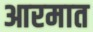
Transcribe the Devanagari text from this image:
आरमात